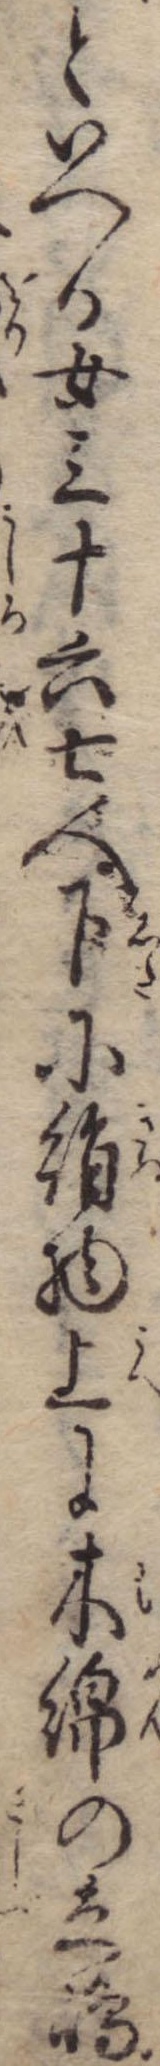
といへる女三十六七人下に絹物上に木綿の立島